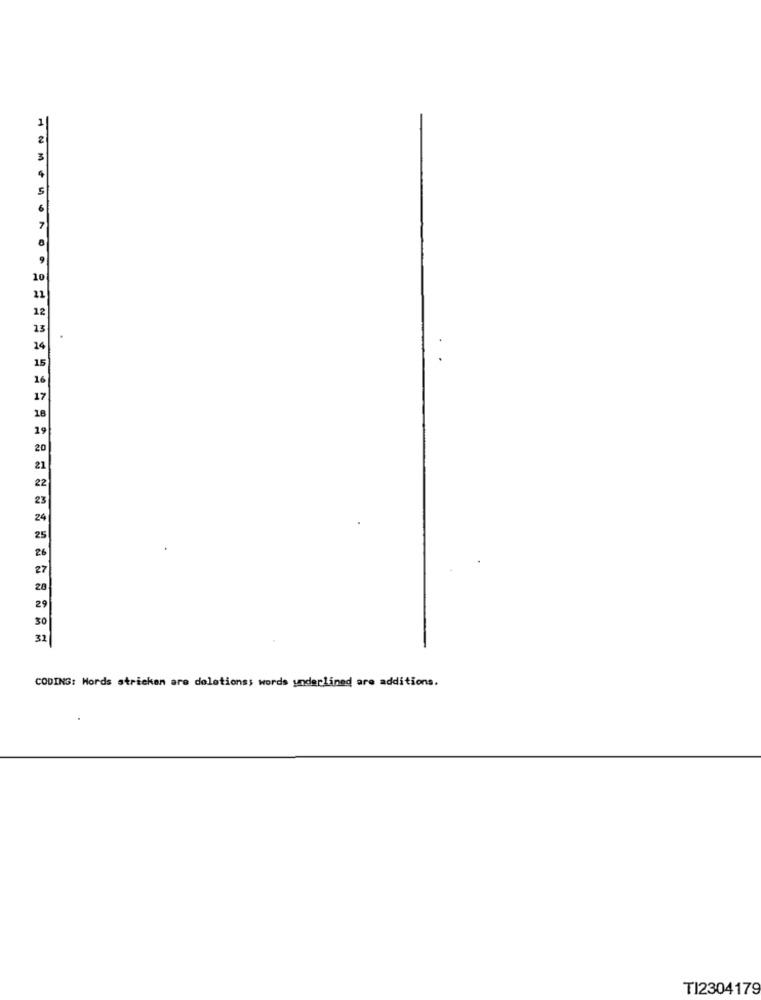
1
3
5
6
10
21
12
13
14
15
16
17
18
19
20
21
22
23
24
25
26
27
28
29
30
32
CODING: Words stricken are deletions; words underlined are additions.
TI2304179